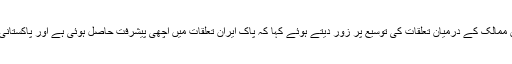
پاکستان مسلم لیگ شعبہ خواتین کی مرکزی صدر و سینیٹر نے دونوں ممالک کے درمیان تعلقات کی توسیع پر زور دیتے ہوئے کہا کہ پاک ایران تعلقات میں اچھی پیشرفت حاصل ہوئی ہے اور پاکستانی کی سابق حکومت نے اس حوالے سے بڑے اچھےاقدامات کیے ہیں۔